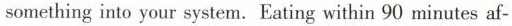
something into your system. Eating within 90 minutes af-